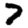
Digit: 7